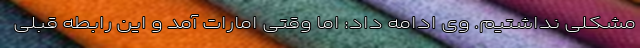
مشکلی نداشتیم. وی ادامه داد: اما وقتی امارات آمد و این رابطه قبلی